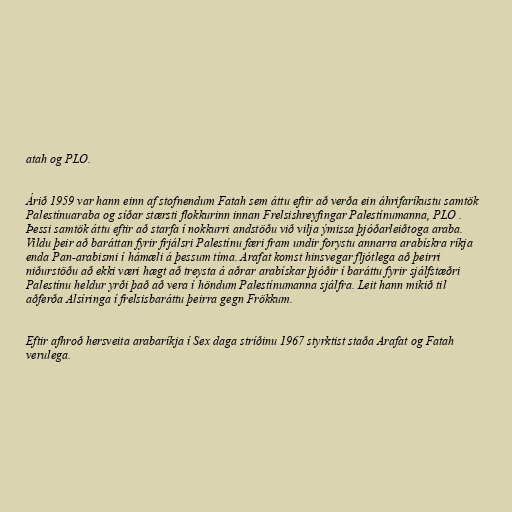
atah og PLO.

Árið 1959 var hann einn af stofnendum Fatah sem áttu eftir að verða ein áhrifaríkustu samtök
Palestínuaraba og síðar stærsti flokkurinn innan Frelsishreyfingar Palestínumanna, PLO .
Þessi samtök áttu eftir að starfa í nokkurri andstöðu við vilja ýmissa þjóðarleiðtoga araba.
Vildu þeir að baráttan fyrir frjálsri Palestínu færi fram undir forystu annarra arabískra ríkja
enda Pan-arabismi í hámæli á þessum tíma. Arafat komst hinsvegar fljótlega að þeirri
niðurstöðu að ekki væri hægt að treysta á aðrar arabískar þjóðir í baráttu fyrir sjálfstæðri
Palestínu heldur yrði það að vera í höndum Palestínumanna sjálfra. Leit hann mikið til
aðferða Alsíringa í frelsisbaráttu þeirra gegn Frökkum.

Eftir afhroð hersveita arabaríkja í Sex daga stríðinu 1967 styrktist staða Arafat og Fatah
verulega.